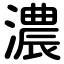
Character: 濃